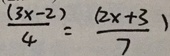
\frac { ( 3 x - 2 ) } { 4 } = \frac { ( 2 x + 3 ) } { 7 }